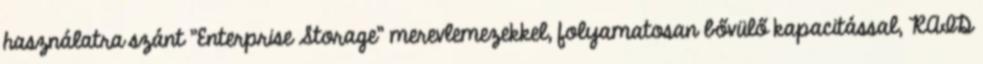
használatra szánt "Enterprise Storage" merevlemezekkel, folyamatosan bővülő kapacitással, RAID